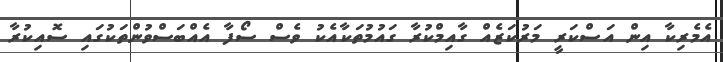
އެމެރިކާ އިން އަސްކަރީ މަރުކަޒެއް ގާއިމްކުރާ ގައުމުތަކާއެކު ވެސް ސޯފާ އެއްބަސްވުންތަކުގައި ސޮއިކުރާ